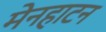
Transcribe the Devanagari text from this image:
मेनहाटन